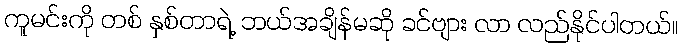
ကူမင်းကို တစ် နှစ်တာရဲ့ ဘယ်အချိန်မဆို ခင်ဗျား လာ လည်နိုင်ပါတယ်။